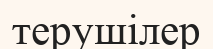
терушілер